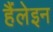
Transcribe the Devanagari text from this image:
हैंलेइन